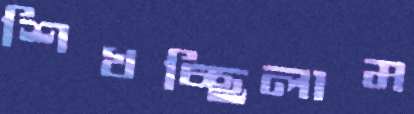
শিখচ্ছিলাম